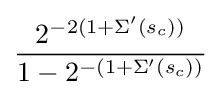
{\frac {2^{-2(1+\Sigma '(s_{c}))}}{1-2^{-(1+\Sigma '(s_{c}))}}}